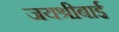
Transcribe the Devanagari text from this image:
जयश्रीबाई